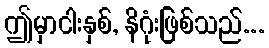
ဤမှာငါးနှစ်, နိဂုံးဖြစ်သည်...